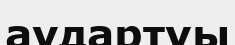
аудартуы